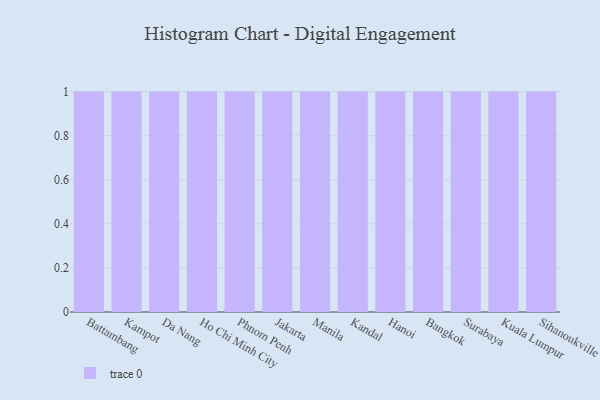
{"axis": {"x": "City", "y": "Churn Rate (%)"}, "legend": [""], "data": [{"x": "Battambang", "y": 2, "type": ""}, {"x": "Kampot", "y": 99, "type": ""}, {"x": "Da Nang", "y": 46, "type": ""}, {"x": "Ho Chi Minh City", "y": 66, "type": ""}, {"x": "Phnom Penh", "y": 25, "type": ""}, {"x": "Jakarta", "y": 68, "type": ""}, {"x": "Manila", "y": 79, "type": ""}, {"x": "Kandal", "y": 41, "type": ""}, {"x": "Hanoi", "y": 48, "type": ""}, {"x": "Bangkok", "y": 2, "type": ""}, {"x": "Surabaya", "y": 48, "type": ""}, {"x": "Kuala Lumpur", "y": 46, "type": ""}, {"x": "Sihanoukville", "y": 55, "type": ""}]}